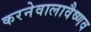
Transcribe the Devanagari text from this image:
करनेवालावैष्णव